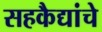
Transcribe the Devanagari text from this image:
सहकैद्यांचे